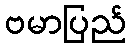
ဗမာပြည်